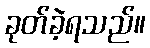
ခုတ်ခဲ့ရသည်။